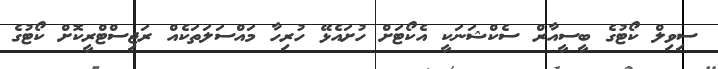
ސިވިލް ކޯޓުގެ ބީސީއާރް ސެކްޝަނަކީ އެކޯޓަށް ހުށައެޅޭ ހުރިހާ މައްސަލަތަކެއް ރަޖިސްޓްރީކޮށް ކޯޓުގެ